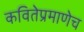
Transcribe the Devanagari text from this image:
कवितेप्रमाणेच